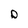
Character: D